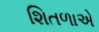
શિતળાએ